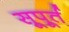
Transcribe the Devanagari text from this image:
सूपूर्त